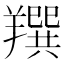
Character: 䍻